system: You are a helpful assistant.
user:
Analyze the provided spectrum to determine if it is a **M-type Giant (gM)**.

A M-type Giant spectrum is defined by its **strong molecular absorption** features, particularly from **Titanium Oxide (TiO)**. You must check for one of the following mutually exclusive signatures:

- **Key Visual Indicators (Absorption-Dominated Spectrum):**

    - **(Primary):** The spectrum is dominated by strong molecular absorption from **Titanium Oxide (TiO)**. This is the **defining feature** of its M-type temperature class.
        - **(Key Bandheads):** Look for sharp, "saw-tooth" absorption valleys. The strongest are located near **~7050 Å**, **~6160 Å**, and **~5170 Å**.
        - **(Line Profile):** The "saw-tooth" morphology is critical: a **sharp, steep drop on the BLUE (short-wavelength) side** of the bandhead, followed by a gradual recovery (rising flux) towards the RED (long-wavelength) side.

    - **(Key Confirmation - Giant vs. Dwarf):** **ABSENCE** of strong **Calcium Hydride (CaH)** molecular bands. This is the primary diagnostic for *excluding* M-dwarfs.
        - **(Key Region):** The spectrum should lack the strong, broad absorption band seen in dwarfs between **~6800 Å and ~7000 Å**.

    - **(Secondary Confirmation - Giant):** A very strong and broad **Neutral Calcium (Ca I)** atomic absorption line.
        - **(Key Line):** Located at **~4226 Å**. In a giant (gM), this line is significantly deeper and broader than the same line in an M-dwarf (dM) due to low surface gravity.

    - **(Overall Spectrum):**
        - The continuum is **extremely red-sloping** (i.e., flux is very low in the blue and rises dramatically towards the red).
        - The entire spectrum appears "chopped up" by the deep TiO bands.

Think first, call **spectral_visualization_tool** if needed to examine features in detail, then provide your final answer. Your response must adhere to the following strict rules:
1.  **Overall Structure:** Your response must follow the format `<think>...</think> <tool_call>...</tool_call> (if a tool is used) <answer>...</answer>`.
2.  **Tool Usage Constraint:** You may only make **one** tool call per turn.
3.  **Final Answer Format:** In the `<answer>` tag, your conclusion must be inside a `\boxed{}` command (e.g., `\boxed{YES}` or `\boxed{NO}`), followed by your justification.

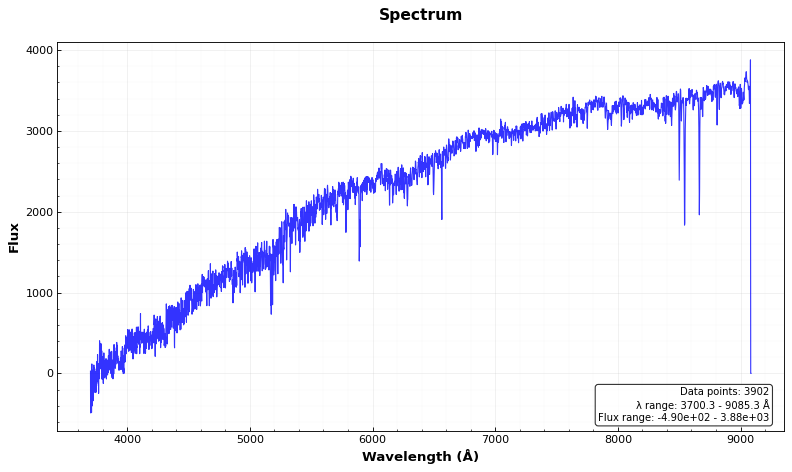
Answer: NO